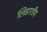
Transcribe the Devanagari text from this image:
लिडरशीप